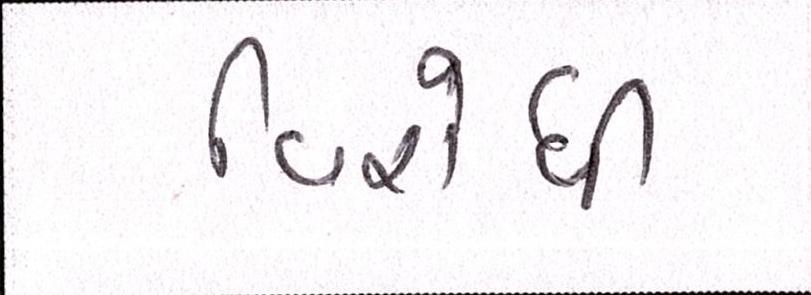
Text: વિરોધી